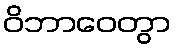
ဝိဘာဝေတွာ